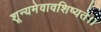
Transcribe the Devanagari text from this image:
शून्यमेवावशिष्यते।।